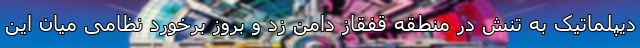
دیپلماتیک به تنش در منطقه قفقاز دامن زد و بروز برخورد نظامی میان این